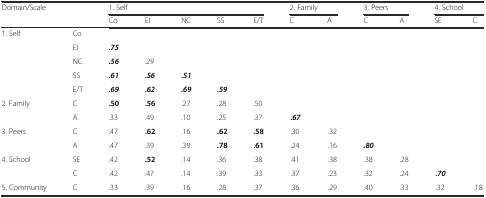
| <ROWSPAN=2-COLSPAN=2> Domain/Scale | <COLSPAN=5> 1. Self | <COLSPAN=2> 2. Family | <COLSPAN=2> 3. Peers | <COLSPAN=2> 4. School |
 | Co | EI | NC | SS | E/T | C | A | C | A | SE | C |
 | --- | --- | --- | --- | --- | --- | --- | --- | --- | --- | --- | --- | --- |
 | 1. Self | Co |  |  |  |  |  |  |  |  |  |  |  |
 |  | EI | .75 |  |  |  |  |  |  |  |  |  |  |
 |  | NC | .56 | .29 |  |  |  |  |  |  |  |  |  |
 |  | SS | .61 | .56 | .51 |  |  |  |  |  |  |  |  |
 |  | E/T | .69 | .62 | .69 | .59 |  |  |  |  |  |  |  |
 | 2. Family | C | .50 | .56 | .27 | .28 | .50 |  |  |  |  |  |  |
 |  | A | .33 | .49 | .10 | .25 | .37 | .67 |  |  |  |  |  |
 | 3. Peers | C | .47 | .62 | .16 | .62 | .58 | .30 | .32 |  |  |  |  |
 |  | A | .47 | .39 | .39 | .78 | .61 | .24 | .16 | .80 |  |  |  |
 | 4. School | SE | .42 | .52 | .14 | .36 | .38 | .41 | .38 | .38 | .28 |  |  |
 |  | C | .42 | .47 | .14 | .39 | .33 | .37 | .23 | .32 | .24 | .70 |  |
 | 5. Community | C | .33 | .39 | .16 | .28 | .37 | .36 | .29 | .40 | .33 | .32 | .18 |